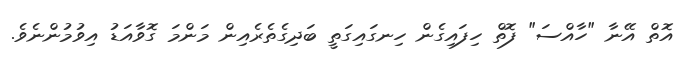
އޮތް އޭނާ "ހާއްސަ" ފޮތް ހިފައިގެން ހިނގައިގަތީ ބަދިގެތެރެއިން މަންމަ ގޮވާއަޑު އިވުމުންނެވެ.